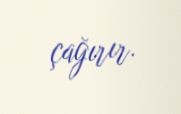
çağırır.